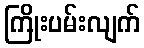
ကြိုးပမ်းလျက်